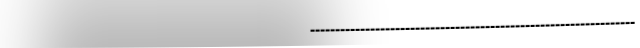
-----------------------------------------------------------------